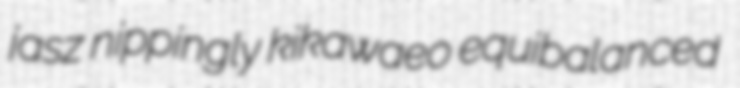
jasz nippingly kikawaeo equibalanced